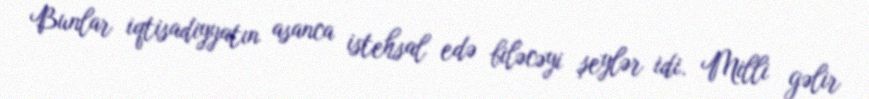
Bunlar iqtisadiyyatın asanca istehsal edə biləcəyi şeylər idi. Milli gəlir